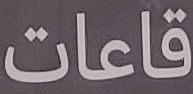
قاعات